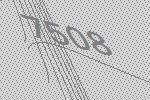
7508